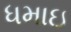
ધમાઇ